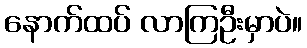
နောက်ထပ် လာကြဦးမှာပဲ။